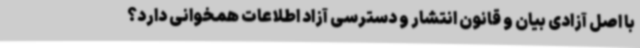
با اصل آزادی بیان و قانون انتشار و دسترسی آزاد اطلاعات همخوانی دارد؟